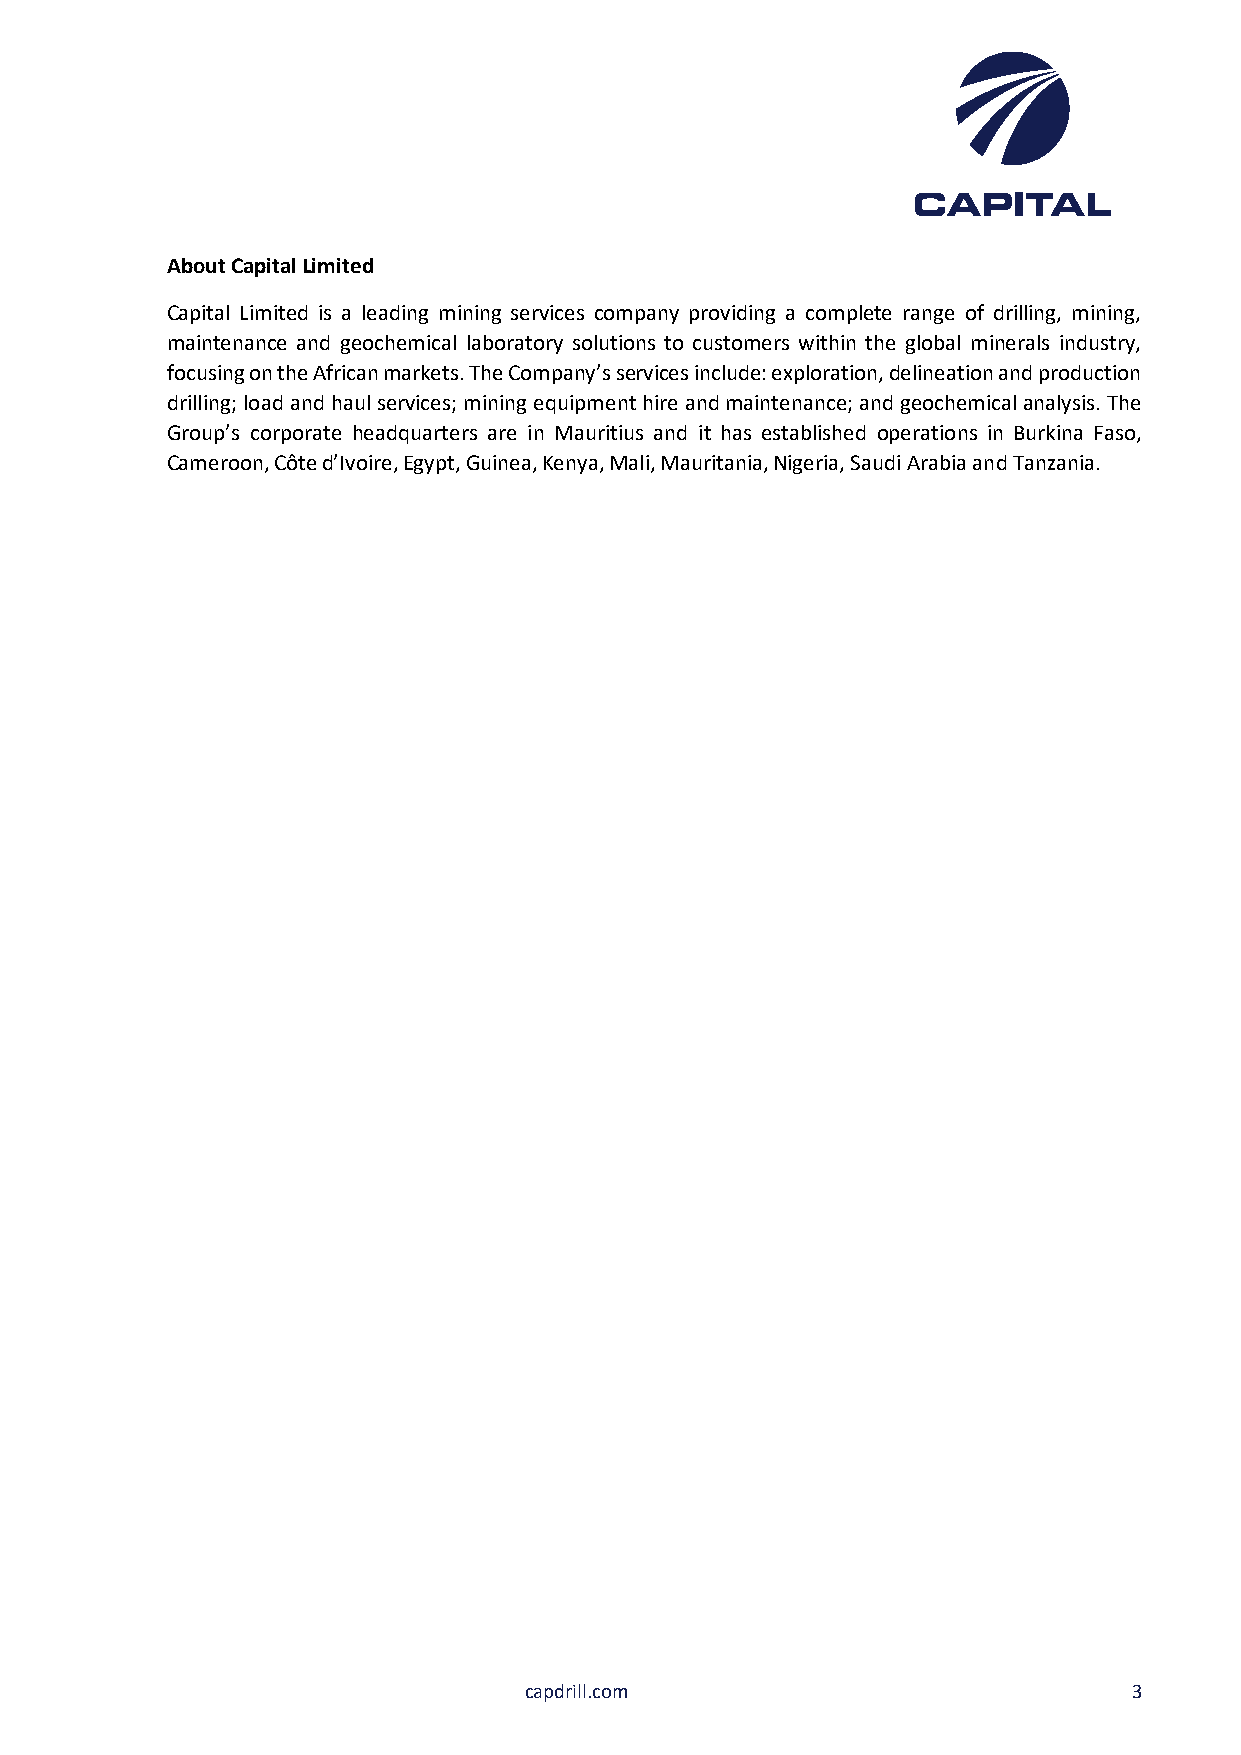
About Capital Limited
 Capital Limited is a leading mining services company providing a complete range of drilling, mining,
 maintenance and geochemical laboratory solutions to customers within the global minerals industry,
 focusing on the African markets. The Company’s services include: exploration, delineation and production
 drilling; load and haul services; mining equipment hire and maintenance; and geochemical analysis. The
 Group’s corporate headquarters are in Mauritius and it has established operations in Burkina Faso,
 Cameroon, Côte d’Ivoire, Egypt, Guinea, Kenya, Mali, Mauritania, Nigeria, Saudi Arabia and Tanzania.
 capdrill.com                            3